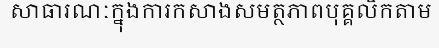
សាធារណៈក្នុងការកសាងសមត្ថភាពបុគ្គលិកតាម